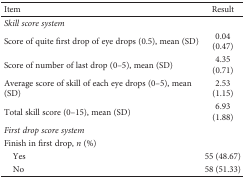
<table><thead><tr><td><b>Item</b></td><td><b>Result</b></td></tr></thead><tbody><tr><td><i>Skill score system</i></td><td></td></tr><tr><td>Score of quite first drop of eye drops (0.5), mean (SD)</td><td>0.04 (0.47)</td></tr><tr><td>Score of number of last drop (0–5), mean (SD)</td><td>4.35 (0.71)</td></tr><tr><td>Average score of skill of each eye drops (0–5), mean (SD)</td><td>2.53 (1.15)</td></tr><tr><td>Total skill score (0–15), mean (SD)</td><td>6.93 (1.88)</td></tr><tr><td><i>First drop score system</i></td><td></td></tr><tr><td>Finish in first drop, <i>n</i> (%)</td><td></td></tr><tr><td> Yes</td><td>55 (48.67)</td></tr><tr><td> No</td><td>58 (51.33)</td></tr></tbody></table>